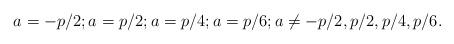
LaTeX: \begin{align*}a=-p/2;a=p/2;a=p/4;a=p/6;a \neq -p/2,p/2,p/4,p/6. \end{align*}